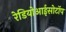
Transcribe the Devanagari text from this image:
रेडियोआईसोटॉप